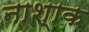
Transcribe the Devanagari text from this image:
नाश्‍ाक